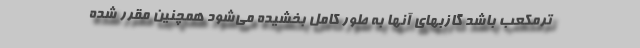
ترمکعب باشد گازبهای آنها به طور کامل بخشیده می‌شود همچنین مقرر شده